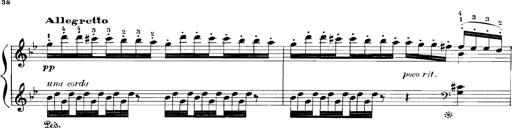
Title: Rhapsodies hongroises
Composer: Franz Liszt